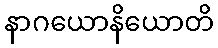
နာဂယောနိယောတိ